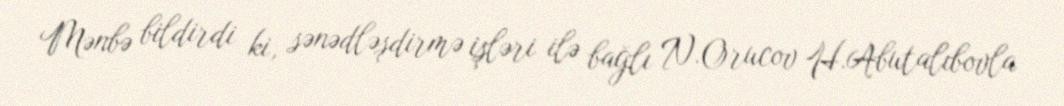
Mənbə bildirdi ki, sənədləşdirmə işləri ilə bağlı N.Orucov H.Abutalıbovla